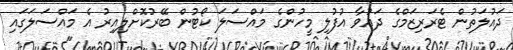
ދައުލަތުން ޓެރަރިޒަމްގެ ދައުވާ އުފުލި މީހުންގެ މައްސަލަ ކޯޓުން ބޭރުކޮށްލިއިރު އެ މައްސަލަގައި